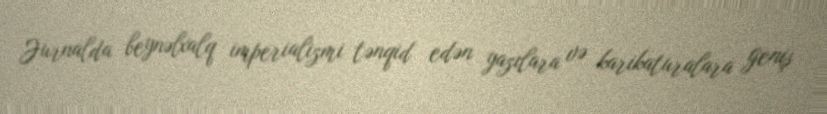
Jurnalda beynəlxalq imperializmi tənqid edən yazılara və karikaturalara geniş